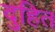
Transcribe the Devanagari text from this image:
दुहित